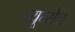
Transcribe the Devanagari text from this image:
ब्यून्सेन